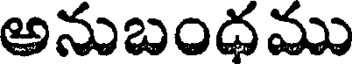
అనుబంధము